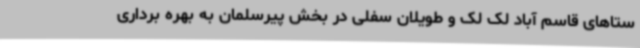
ستاهای قاسم آباد لک لک و طویلان سفلی در بخش پیرسلمان به بهره برداری